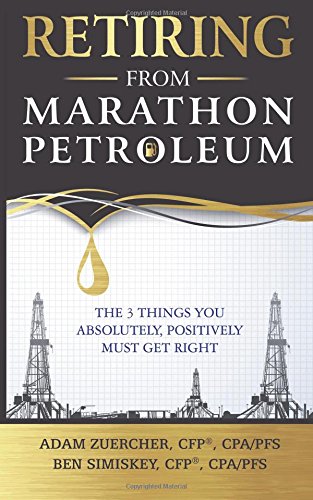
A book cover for Retiring From Marathon Petroleum: The 3 Things You Absolutely, Positively Must Get Right; Adam Zuercher; Business & Money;